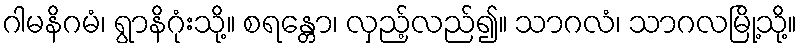
ဂါမနိဂမံ၊ ရွာနိဂုံးသို့။ စရန္တော၊ လှည့်လည်၍။ သာဂလံ၊ သာဂလမြို့သို့။